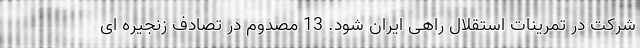
شرکت در تمرینات استقلال راهی ایران شود. 13 مصدوم در تصادف زنجیره ای